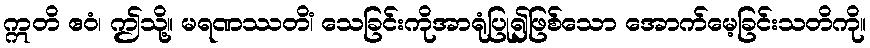
ဣတိ ဧဝံ၊ ဤသို့။ မရဏဿတိံ၊ သေခြင်းကိုအာရုံပြု၍ဖြစ်သော အောက်မေ့ခြင်းသတိကို။